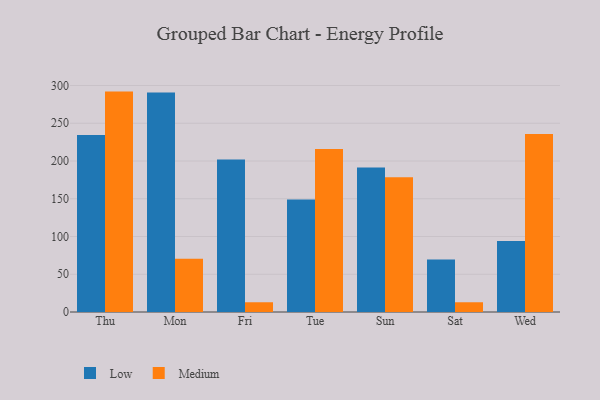
{"axis": {"x": "Day", "y": "Tickets Resolved"}, "legend": ["Low", "Medium"], "data": [{"x": "Thu", "y": 234.4, "type": "Low"}, {"x": "Thu", "y": 291.9, "type": "Medium"}, {"x": "Mon", "y": 290.8, "type": "Low"}, {"x": "Mon", "y": 70.5, "type": "Medium"}, {"x": "Fri", "y": 202.0, "type": "Low"}, {"x": "Fri", "y": 12.9, "type": "Medium"}, {"x": "Tue", "y": 149.1, "type": "Low"}, {"x": "Tue", "y": 215.8, "type": "Medium"}, {"x": "Sun", "y": 191.3, "type": "Low"}, {"x": "Sun", "y": 178.3, "type": "Medium"}, {"x": "Sat", "y": 69.4, "type": "Low"}, {"x": "Sat", "y": 12.9, "type": "Medium"}, {"x": "Wed", "y": 94.1, "type": "Low"}, {"x": "Wed", "y": 235.9, "type": "Medium"}]}